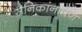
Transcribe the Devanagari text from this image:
सैनिकांनापण